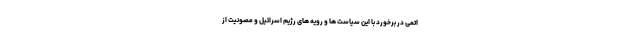
اتمی در برخورد با این سیاست ها و رویه های رژیم اسرائیل و مصونیت از